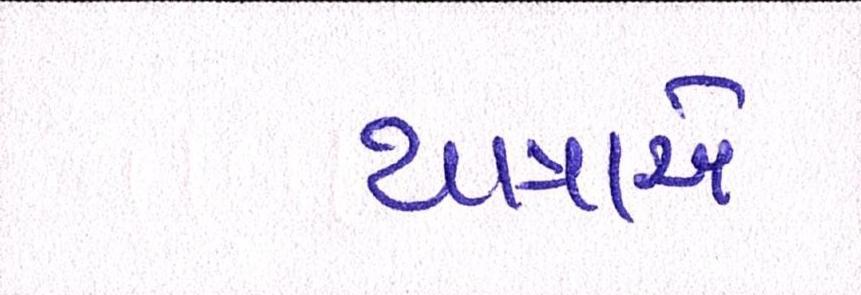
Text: યાત્રાએ